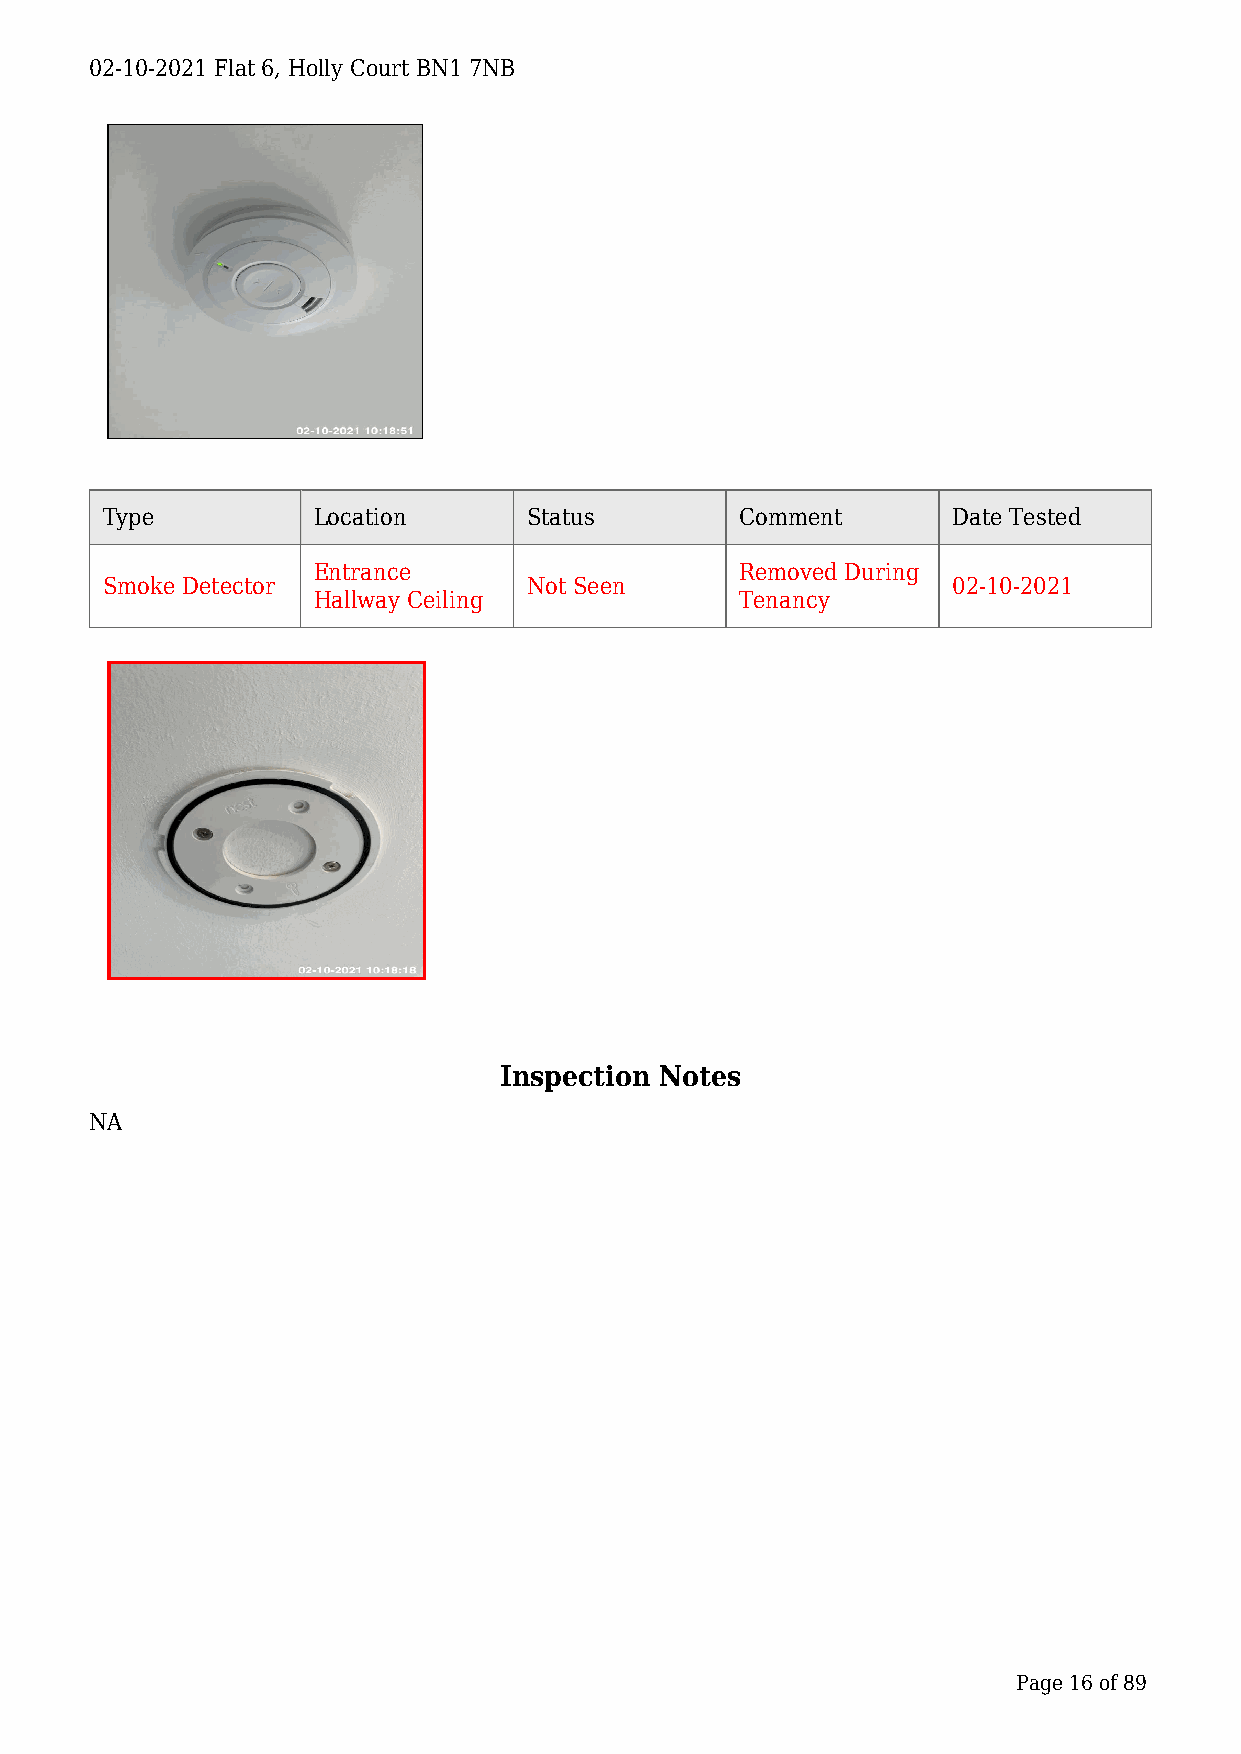
02-10-2021 Flat 6, Holly Court BN1 7NB
 Type          Location      Status        Comment       Date Tested
 Entrance                    Removed During
 Smoke Detector              Not Seen                    02-10-2021
 Hallway Ceiling             Tenancy
 Inspection Notes
 NA
 Page 16 of 89